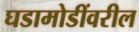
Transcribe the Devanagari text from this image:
घडामोडींवरील